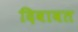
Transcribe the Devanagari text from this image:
दिवावत